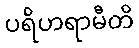
ပရိဟရာမီတိ